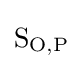
\mathrm {S} _{\mathrm {O} ,\mathrm {P} }